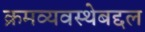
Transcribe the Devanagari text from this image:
क्रमव्यवस्थेबद्दल